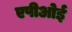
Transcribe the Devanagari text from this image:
एपीओई